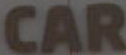
CAR